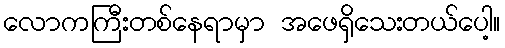
လောကကြီးတစ်နေရာမှာ အဖေရှိသေးတယ်ပေါ့။